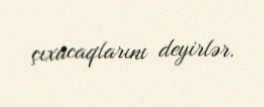
çıxacaqlarını deyirlər.